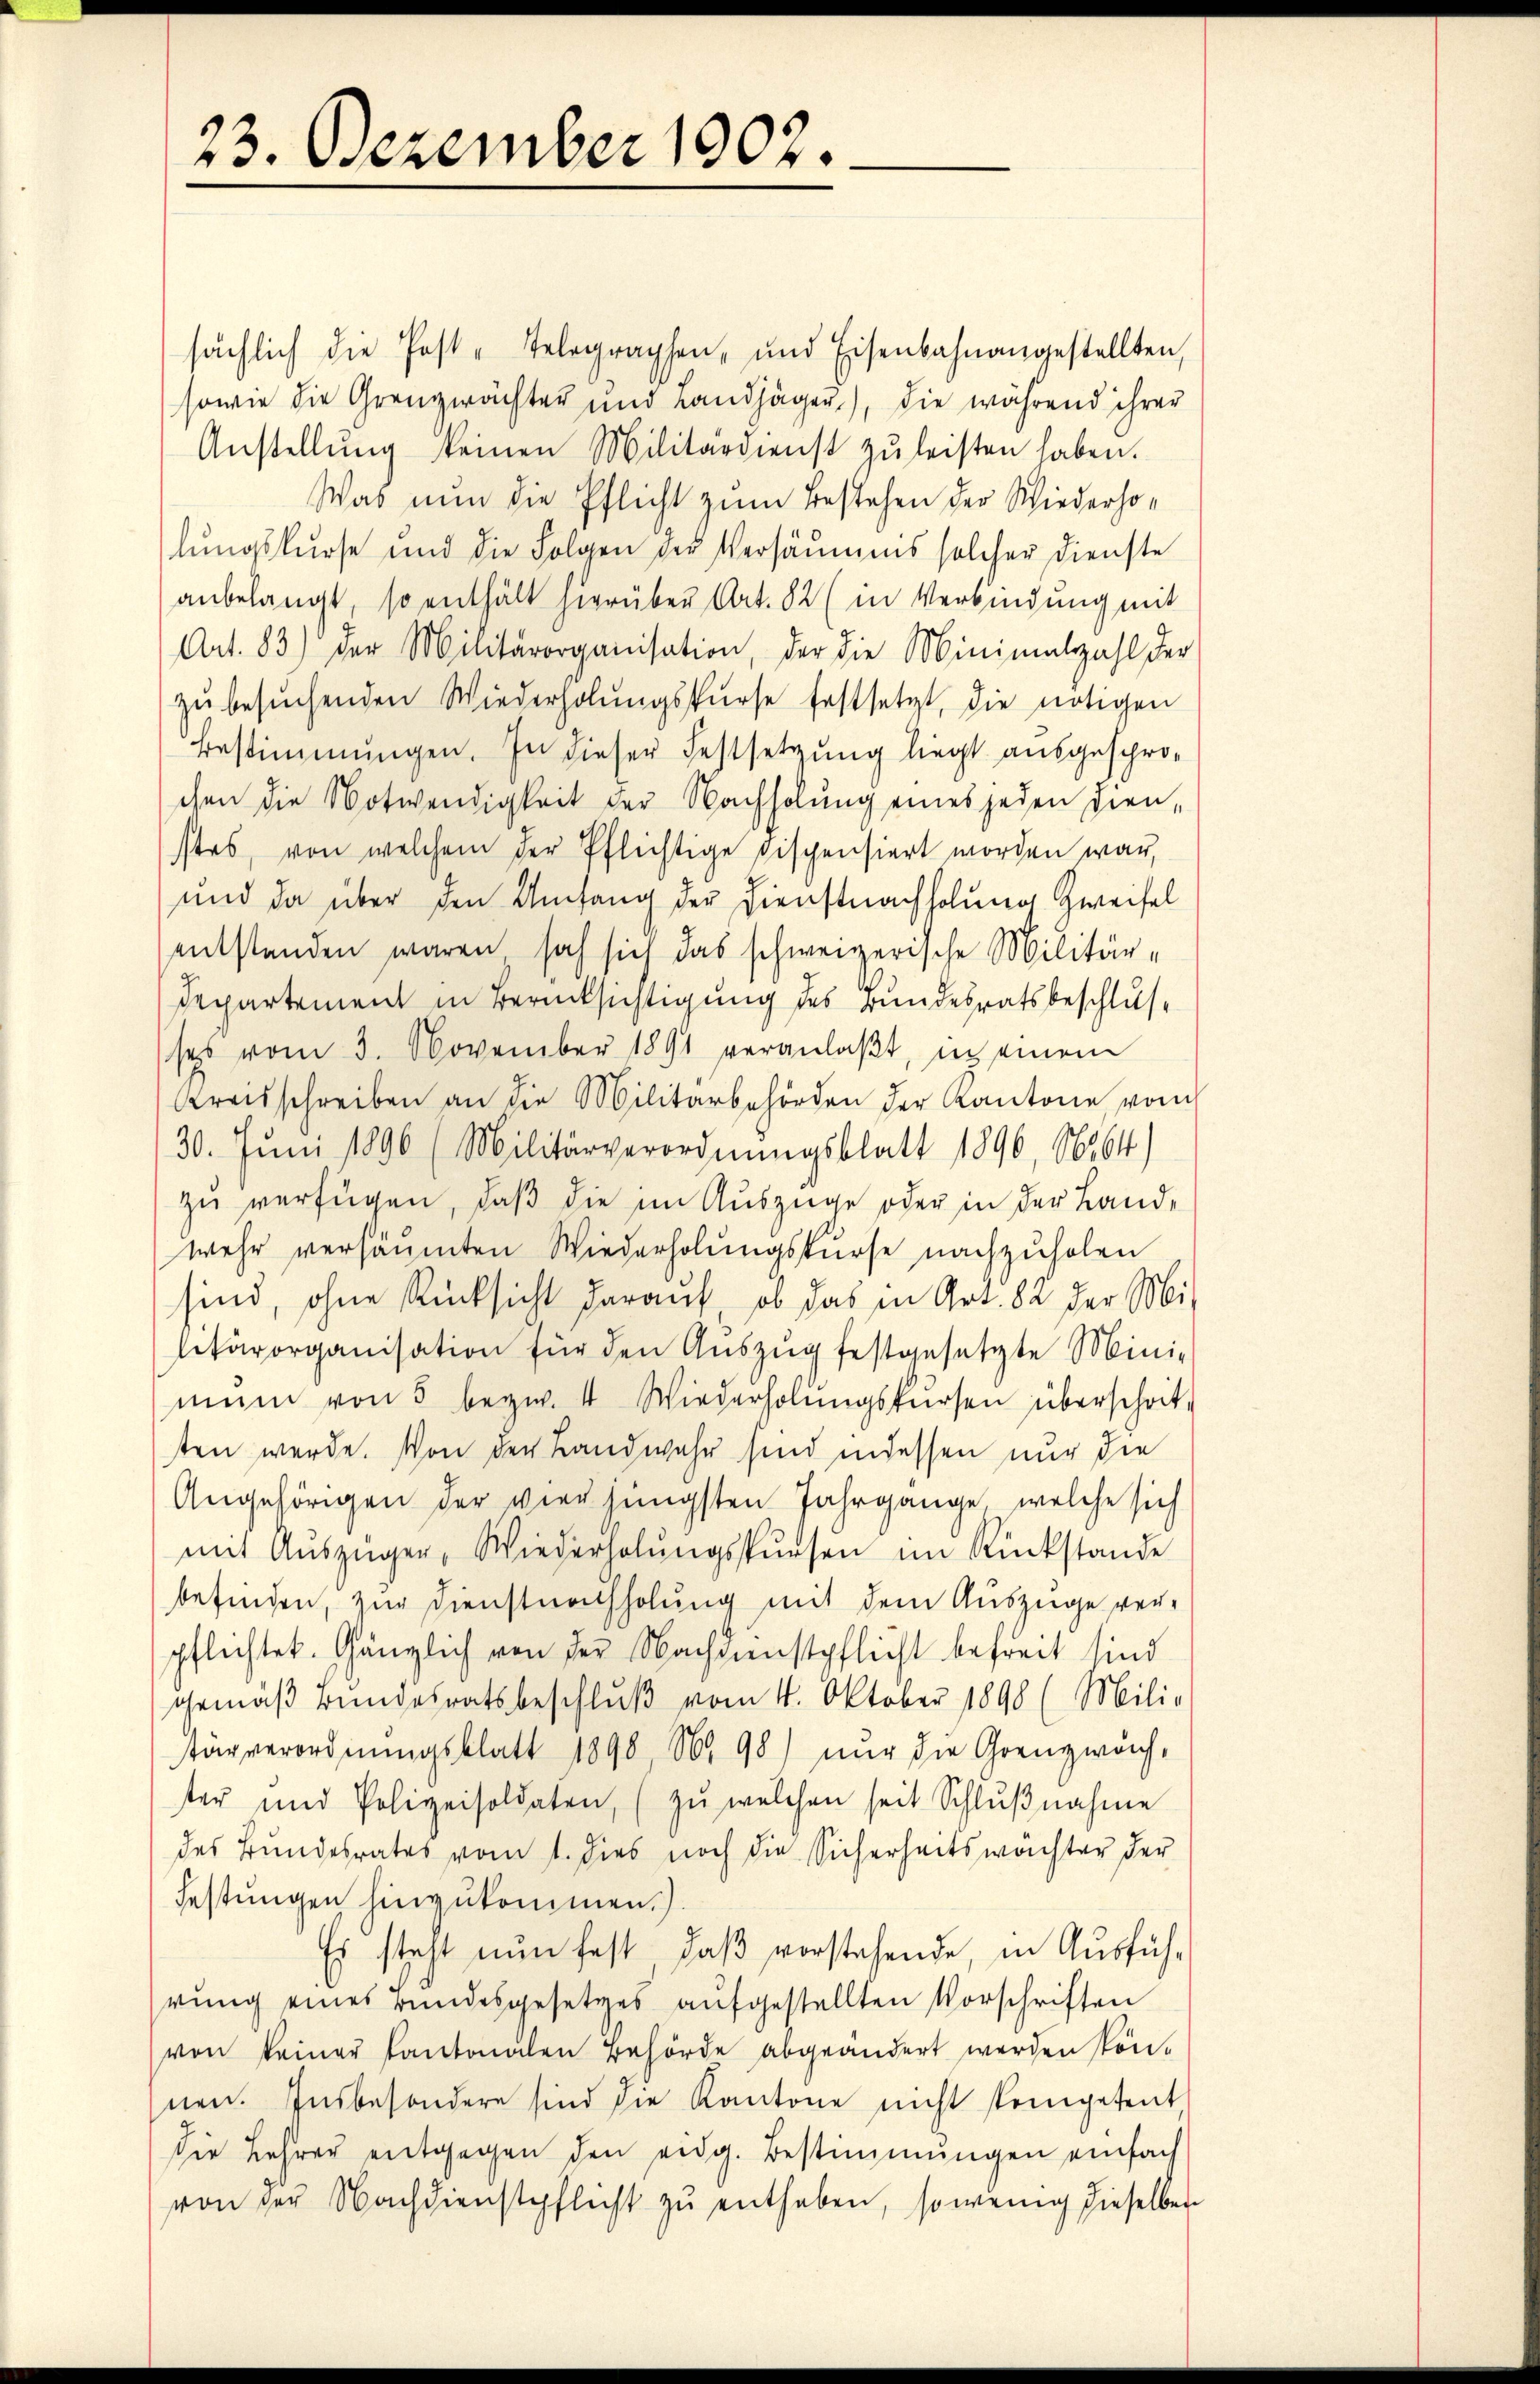
23. Dezember 1902.

sächlich die Post-Telegraphen, und Eisenbahnangestellten,
sowie die Grenzwächter und Landjäger), die während ihrer
Anstellŭng keinen Militärdienst zŭ leisten haben.
Was nun die Pflicht zum Bestehen der Wiederholungskurse und die Folgen der Versäumens solcher dienste
anbelangt, so enthält hierüber Art. 82 (in Verbindung mit
Art. 83) der Militärorganisation, der die Minimalzahl der
zŭ besŭchenden Wiederholŭngskurse festsetzt, die nötigen
Bestimmungen. In dieser Festsetzung liegt ausgeschrochen die Notwendigkeit der Nachholung eines jeden dienstes, von welchem der Pflichtige dispensiert worden war,
und da über den Umfang der Dienstnachholung Zweifel
entstanden waren, sah sich das schweizerische Militär¬
Departement in Berücksichtigung des Bundesratsbeschlusses vom 3. November 1891 veranlaβt, in einem
Kreisschreiben an die Militärbehörden der Kantone vom
30. Juni 1896 (Militärverordnŭngsblatt 1896, 16264)
zu verfügen, daß die im Auszüge oder in der Landwehr versäumten Wiederholungskurse nachzuholen
sind, ohne Rücksicht darauf, ob das in Art. 82 der Militärorganisation für den Aŭszŭg festgesetzte Mini-
mein von 5 bezw. 4 Wiederholŭngskursen überschrit-
sten werde. Von der Landwehr sind indessen nur die
Angehörigen der vier jüngsten Jahrgange, welche sich
mit Auszüger, Wiederholŭngssŭrsen im Rückstande
befinden, zur Dienstnachholung mit dem Auszüge ver-
pflichtet. Gänzlich von der Nachdienstpflicht befreit sind
gemäß Bundesratsbeschlŭβ vom 4. Oktober 1898 (Mili-
arverordnungsblatt 1890 No 98) nur die Grenzwach-
ter und Polizeisoldaten, (zŭ welchen seit Schlŭβnahme
des Bundesrates vom 1. dies noch die Sicherheitswachter der
Festungen hinzukommen.).
Es steht nun fest, daβ vorstehende, in Ausführŭng eines Bundesgesetzes aŭfgestellten Vorschriften
von keiner Kantonalen Behörde abgeändert werden kön-
nen. Insbesondere sind die Kantone nicht kompetent
die Lehrer entgegen den eidg. Bestimmungen einfach
von der Nachdienstpflicht zŭ enthaben, sowenig dieselber